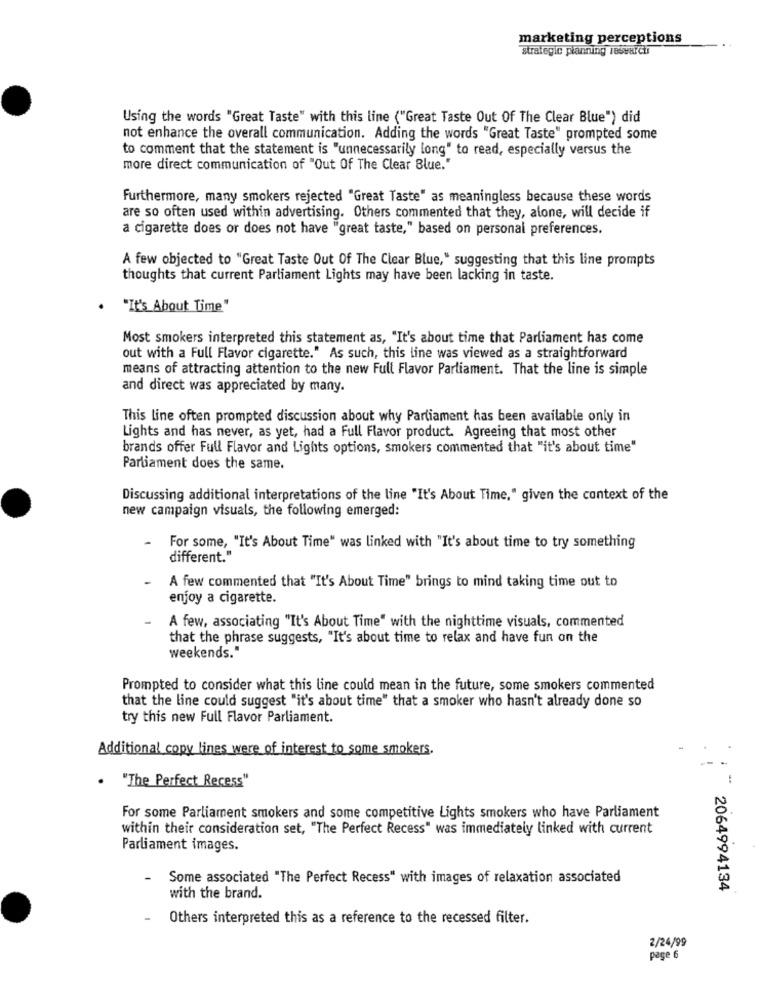
marketing perceptions
strategic planning research
Using the words "Great Taste" with this line ("Great Taste Out Of The Clear Blue") did
not enhance the overall communication. Adding the words "Great Taste" prompted some
to comment that the statement is "unnecessarily long" to read, especially versus the
more direct communication of "Out Of The Clear Blue."
Furthermore, many smokers rejected "Great Taste" as meaningless because these words
are so often used within advertising. Others commented that they, alone, will decide if
a cigarette does or does not have "great taste," based on personal preferences.
A few objected to "Great Taste Out Of The Clear Blue," suggesting that this line prompts
thoughts that current Parliament Lights may have been lacking in taste.
. "It's About Time"
Most smokers interpreted this statement as, "It's about time that Parliament has come
out with a Full Flavor cigarette." As such, this line was viewed as a straightforward
means of attracting attention to the new Full Flavor Parliament. That the line is simple
and direct was appreciated by many.
This line often prompted discussion about why Parliament has been available only in
Lights and has never, as yet, had a Full Flavor product. Agreeing that most other
brands offer Full Flavor and Lights options, smokers commented that "it's about time"
Parliament does the same.
Discussing additional interpretations of the line "It's About Time," given the context of the
new campaign visuals, the following emerged:
For some, "It's About Time" was linked with "It's about time to try something
different."
A few commented that "It's About Time" brings to mind taking time out to
enjoy a cigarette.
A few, associating "It's About Time" with the nighttime visuals, commented
that the phrase suggests, "It's about time to relax and have fun on the
weekends."
Prompted to consider what this line could mean in the future, some smokers commented
that the line could suggest "it's about time" that a smoker who hasn't already done so
try this new Full Flavor Parliament.
Additional copy lines were of interest to some smokers.
. "The Perfect Recess"
For some Parliament smokers and some competitive Lights smokers who have Parliament
within their consideration set, "The Perfect Recess" was immediately linked with current
Parliament images.
Some associated "The Perfect Recess" with images of relaxation associated
2064994134
with the brand.
Others interpreted this as a reference to the recessed filter.
2/24/99
page 6